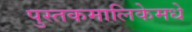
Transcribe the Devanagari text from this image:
पुस्तकमालिकेमधे